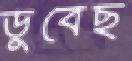
ডুবেছ